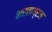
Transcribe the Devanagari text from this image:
भरताग्रज